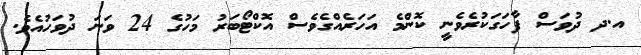
އ.ދ ދުވަސް ފާހަގަކުރެވެނީ ކޮންމެ އަހަރެއްގެވެސް އޮކްޓޯބަރު މަހުގެ 24 ވަނަ ދުވަހުއެވެ.